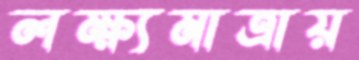
লক্ষ্যমাত্রায়